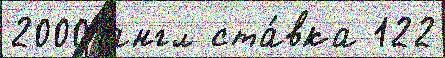
2000 англ ста́вка 122